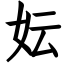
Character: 妘